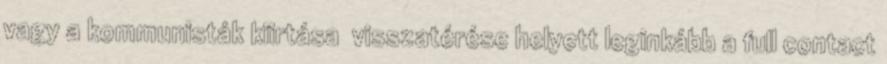
vagy a kommunisták kiirtása visszatérése helyett leginkább a full contact